King Institute of Preventive Medicine Micro-Biological Section reports 1909-11
Year: 1909
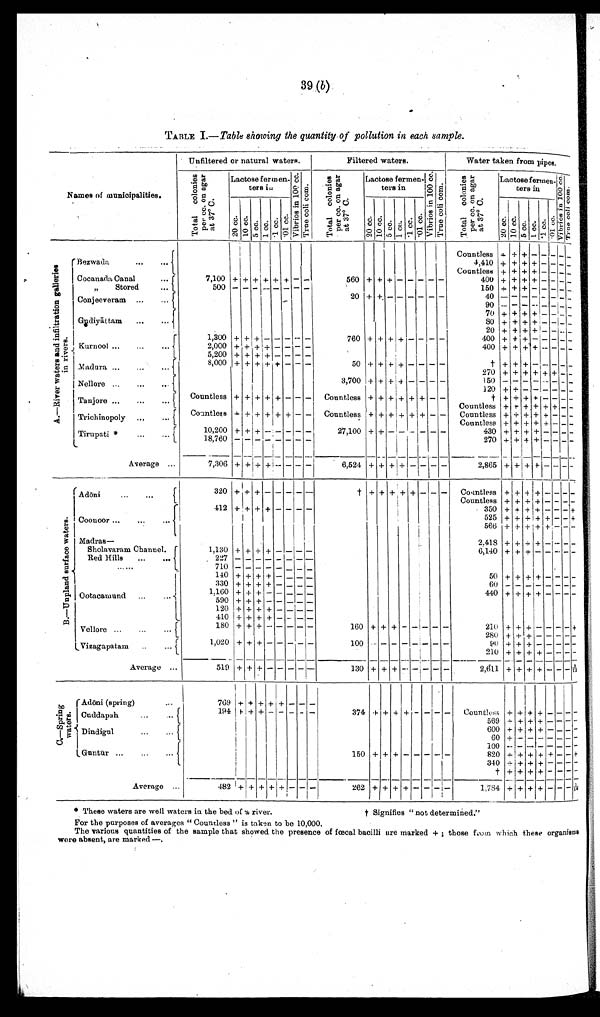
39 (b)
TABLE I.— Table showing the quantity of pollution in each sample.
Names of municipalities.
Unfiltered or natural waters.
Filtered waters.
Water taken from pipes.
T o t a l c o l o n i e s p e r c c . o n a g a r a t 3 7° C .
L a c t o s e f e r m e n ¬ t e r s i n
V i b r i o s i n 1 0 0 c c . T r u e c o l i c o m .
T o t a l c o l o n i e s p e r c c . o n a g a r a t 3 7° C .
Lactose fermen
¬ters in
V i b r i o s i n 1 0 0 c c .
T r u e c o l i c o m .
T o t a l c o l o n i e s p e r c c . o n a g a r a t 3 7° C .
Lactose fermen
¬ t e r s i n
V i b r i o s i n 1 0 0 c c .
T r u e c o l i c o m .
2 0 c c .
1 0 c c .
5 cc. 1 c c .
. 1 c c .
. 0 1 c c .
2 0 c c .
1 0 c c
. 5 c c . 1 c c . . 1 cc. .01 cc.
20 cc.
1 0 c c . 5 cc. 1 cc.
. 1 c c
. 0 1 c c .
A . — R i v e r w a t e r s a n d i n f i l t r a t i o n g a l l e r i e s i n r i v e r s .
Bezwada
... ...
Countless + + + - - - - -
4,410 + + + + - - - -
Countless + + + + - - - -
Cocanada Canal..
7,100
+ + + + + + - -
560 +
+ + - - -
- -
400 + + + + - - - -
„ Stored
...
500 - - - - - - - -
150 + + + - - - - -
20 + + - - - -
- -
40
- - - - -
- - -
Conjeeveram ...
. . .
9 0
- - - - -
- - -
70 + + + + - - - -
Gudiyāttam
....
. . .
80 + + + + - - - -
20 + + + + -
- - -
1,300
+ + + - - - - -
760 + + + + - - - -
400 +
+
+
- - - - -
Kurnool ...
...
...
2,000 + + +
+ - - - -
400 + + + + - - - -
5,200 + + +
+ - - - -
Madura ...
...
. . .
8,000 + +
+ + +
- - -
50 + + + + - - - -
† + + + - - - - -
270 + + + + + + - -
Nellore ... ... ..
3,700 + + + + - - - -
1 5 0
- - - - - - - -
1 2 0 + + - - - - - -
Tanjore ...
...
...
Countless + + + + + - - -
Countless + + + + + + - -
† + + + + - - - -
Countless + + + + + + - -
Trichinopoly
...
...
Countless
+ + + + + + - -
Countless + + + + + + - -
Countless + + + + + - - -
Countless + + + + + - - -
Tirupati *
... ...
10,200 + + + - - - - -
27,100 +
+ - - - - - -
430 + + + + - - - -
18,760
- - -
-
- -
- -
270 + + + + - - - -
Average
. . .
7,306 + + + +
- - -
-
6,524 + + + + - -
- -
2,865 + +
+ +
- - - -
B . — U n p l a n d s u r f a c e w a t e r s .
Adōni
...
...
320
+ + + -
- - -
-
†
+ + + + +
- - -
Countless + +
+
+ - - -
-
Countless + +
+ + -
- -
-
Coonoor ...
...
...
412 + + + + - - - -
350 + + +
+ - - - +
525 + + +
+ + - - +
566 + + +
+ + - - -
M a d r a s —
2,418 + + +
+
- - - -
Sholavaram Channel.
1,130 + + + + -
- - -
6,140 + + + - - - - -
Red Hills
...
...
...
227 - - - - - -
- -
710
- - -
- - - - -
Ootacamund
...
. . .
140 + + + + -
- - -
50 + + + + - - - -
3 3 0
+
+ + + - -
-
-
60
- - - - - - - -
1 , 1 6 0 + + + - - - - -
440 + + + + - - - -
590 + + +
- - - - -
120 + + + +
- - - -
410 + + + + - - - -
Vellore ...
. . .
180 + + + - - - - -
160 + + + - -
- - -
210 + + + - - - - +
280 + +
+ - - - - -
Vizagapatam
..
-...
1,020 + +
+
- - - - -
100
- -
- - -
- - -
9 0 + +
+ - - - - -
210
+ + + + - - - -
Average
. . .
519
+ + +
- - - - -
130 + + + -- - - -
2,611 + + + + - - -
3/12
C . — S p r i n g w a t e r s .
Adōni (spring)
...
769 + + + + + - - -
Cuddapah
...
194 + + + - - - - -
374 + + + + - - - -
c o u n t l e s s
+ + + + - - - -
5 6 9 + + + + - - - -
Dindigul ... ...
600
+ +
+ + - - - -
60
+ - - - - - - -
Guntur ...
...
. . .
100 - - - - - - - -
150 + + + - - - - -
820 + + + + + - - +
340 + + + + - - - -
† + + + + - - - -
Average
. . .
482 + + + + + - - -
262 + + + +
- -
-
-
1,784 + + + + - - - 1 / 1 0
* These waters are well waters in the bed of a river.
† Signifies " not determined."
For the purposes of averages " Countless " is taken to be 10,000.
The various quantities of the sample that showed the presence of fœcal bacilli are marked +; those from which these organism
s were absent, are marked —.